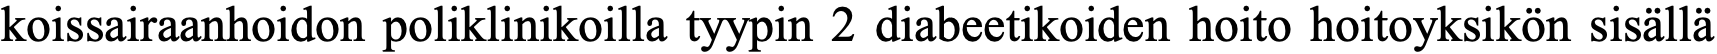
koissairaanhoidon poliklinikoilla tyypin 2 diabeetikoiden hoito hoitoyksikön sisällä